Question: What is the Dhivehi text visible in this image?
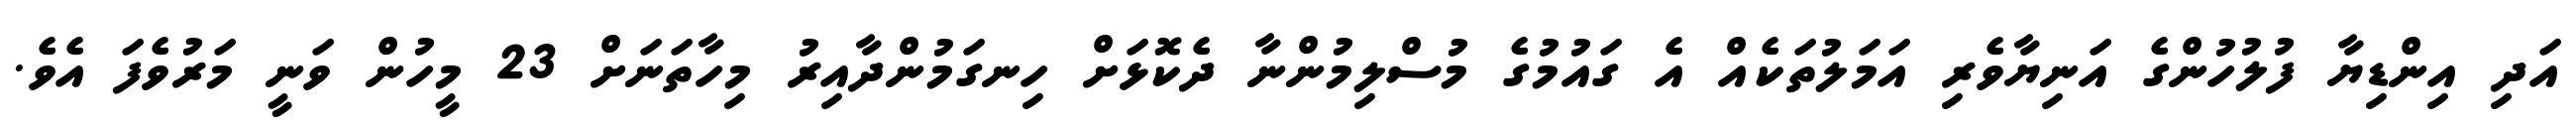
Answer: އަދި އިންޑިޔާ ފުލުހުންގެ އަނިޔާވެރި އަމަލުތަކެއް އެ ގައުމުގެ މުސްލިމުންނާ ދެކޮޅަށް ހިނގަމުންދާއިރު މިހާތަނަށް 23 މީހުން ވަނީ މަރުވެފަ އެވެ.